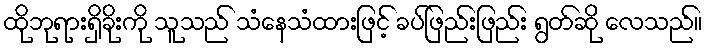
ထိုဘုရားရှိခိုးကို သူသည် သံနေသံထားဖြင့် ခပ်ဖြည်းဖြည်း ရွတ်ဆို လေသည်။